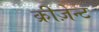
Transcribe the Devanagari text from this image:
क्रीज़ेन्ट